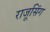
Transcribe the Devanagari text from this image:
राजूसिंग